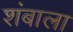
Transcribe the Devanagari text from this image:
शंबाला